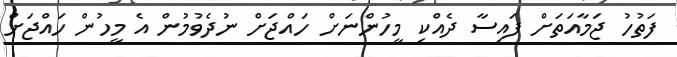
ފަތުހު ޖަމާއަތަށް ފައިސާ ދެއްކި މީހުންނަށް ހައްޖަށް ނުދެވުމުން އެ މީހުން ހައްޖަށް